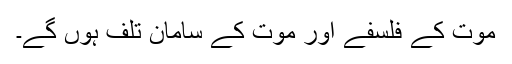
موت کے فلسفے اور موت کے سامان تلف ہوں گے۔